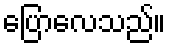
ပြောလေသည်။